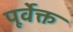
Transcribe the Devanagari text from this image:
पूर्वेक्त